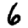
Digit: 6